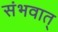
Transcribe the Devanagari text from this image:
संभवात्‌